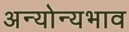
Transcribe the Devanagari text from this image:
अन्योन्यभाव